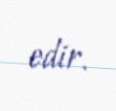
edir.